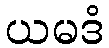
ယမဒံ